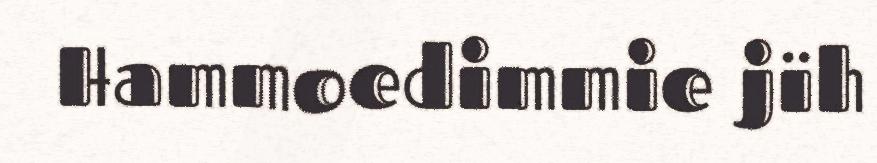
Hammoedimmie jïh